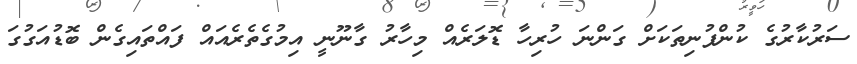
ސަރުކާރުގެ ކުންފުނިތަކަށް ގަންނަ ހުރިހާ ޑޮލަރެއް މިހާރު ގާނޫނީ އިމުގެތެރެއައް ފައްތައިގެން ބޮޑުއަގުގަ